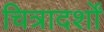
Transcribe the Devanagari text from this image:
चित्रादर्शों